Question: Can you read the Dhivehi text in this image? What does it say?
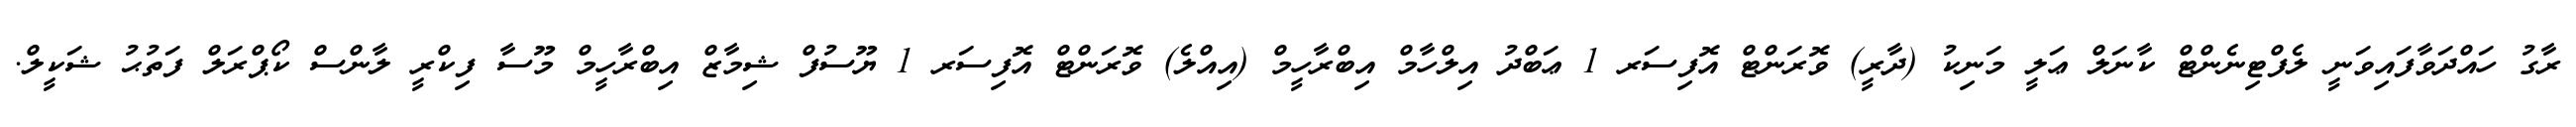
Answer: ރާގު ހައްދަވާފައިވަނީ ލެފްޓިނެންޓް ކާނަލް ޢަލީ މަނިކު (ދާރީ) ވޮރަންޓް އޮފިސަރ 1 ޢަބްދު އިލްހާމް އިބްރާހީމް (އިއްލެ) ވޮރަންޓް އޮފިސަރ 1 ޔޫސުފް ޝިމާޒް އިބްރާހީމް މޫސާ ފިކްރީ ލާންސް ކޯޕްރަލް ފަތުޙު ޝަކީލް.